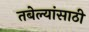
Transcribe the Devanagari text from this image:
तबेल्यांसाठी